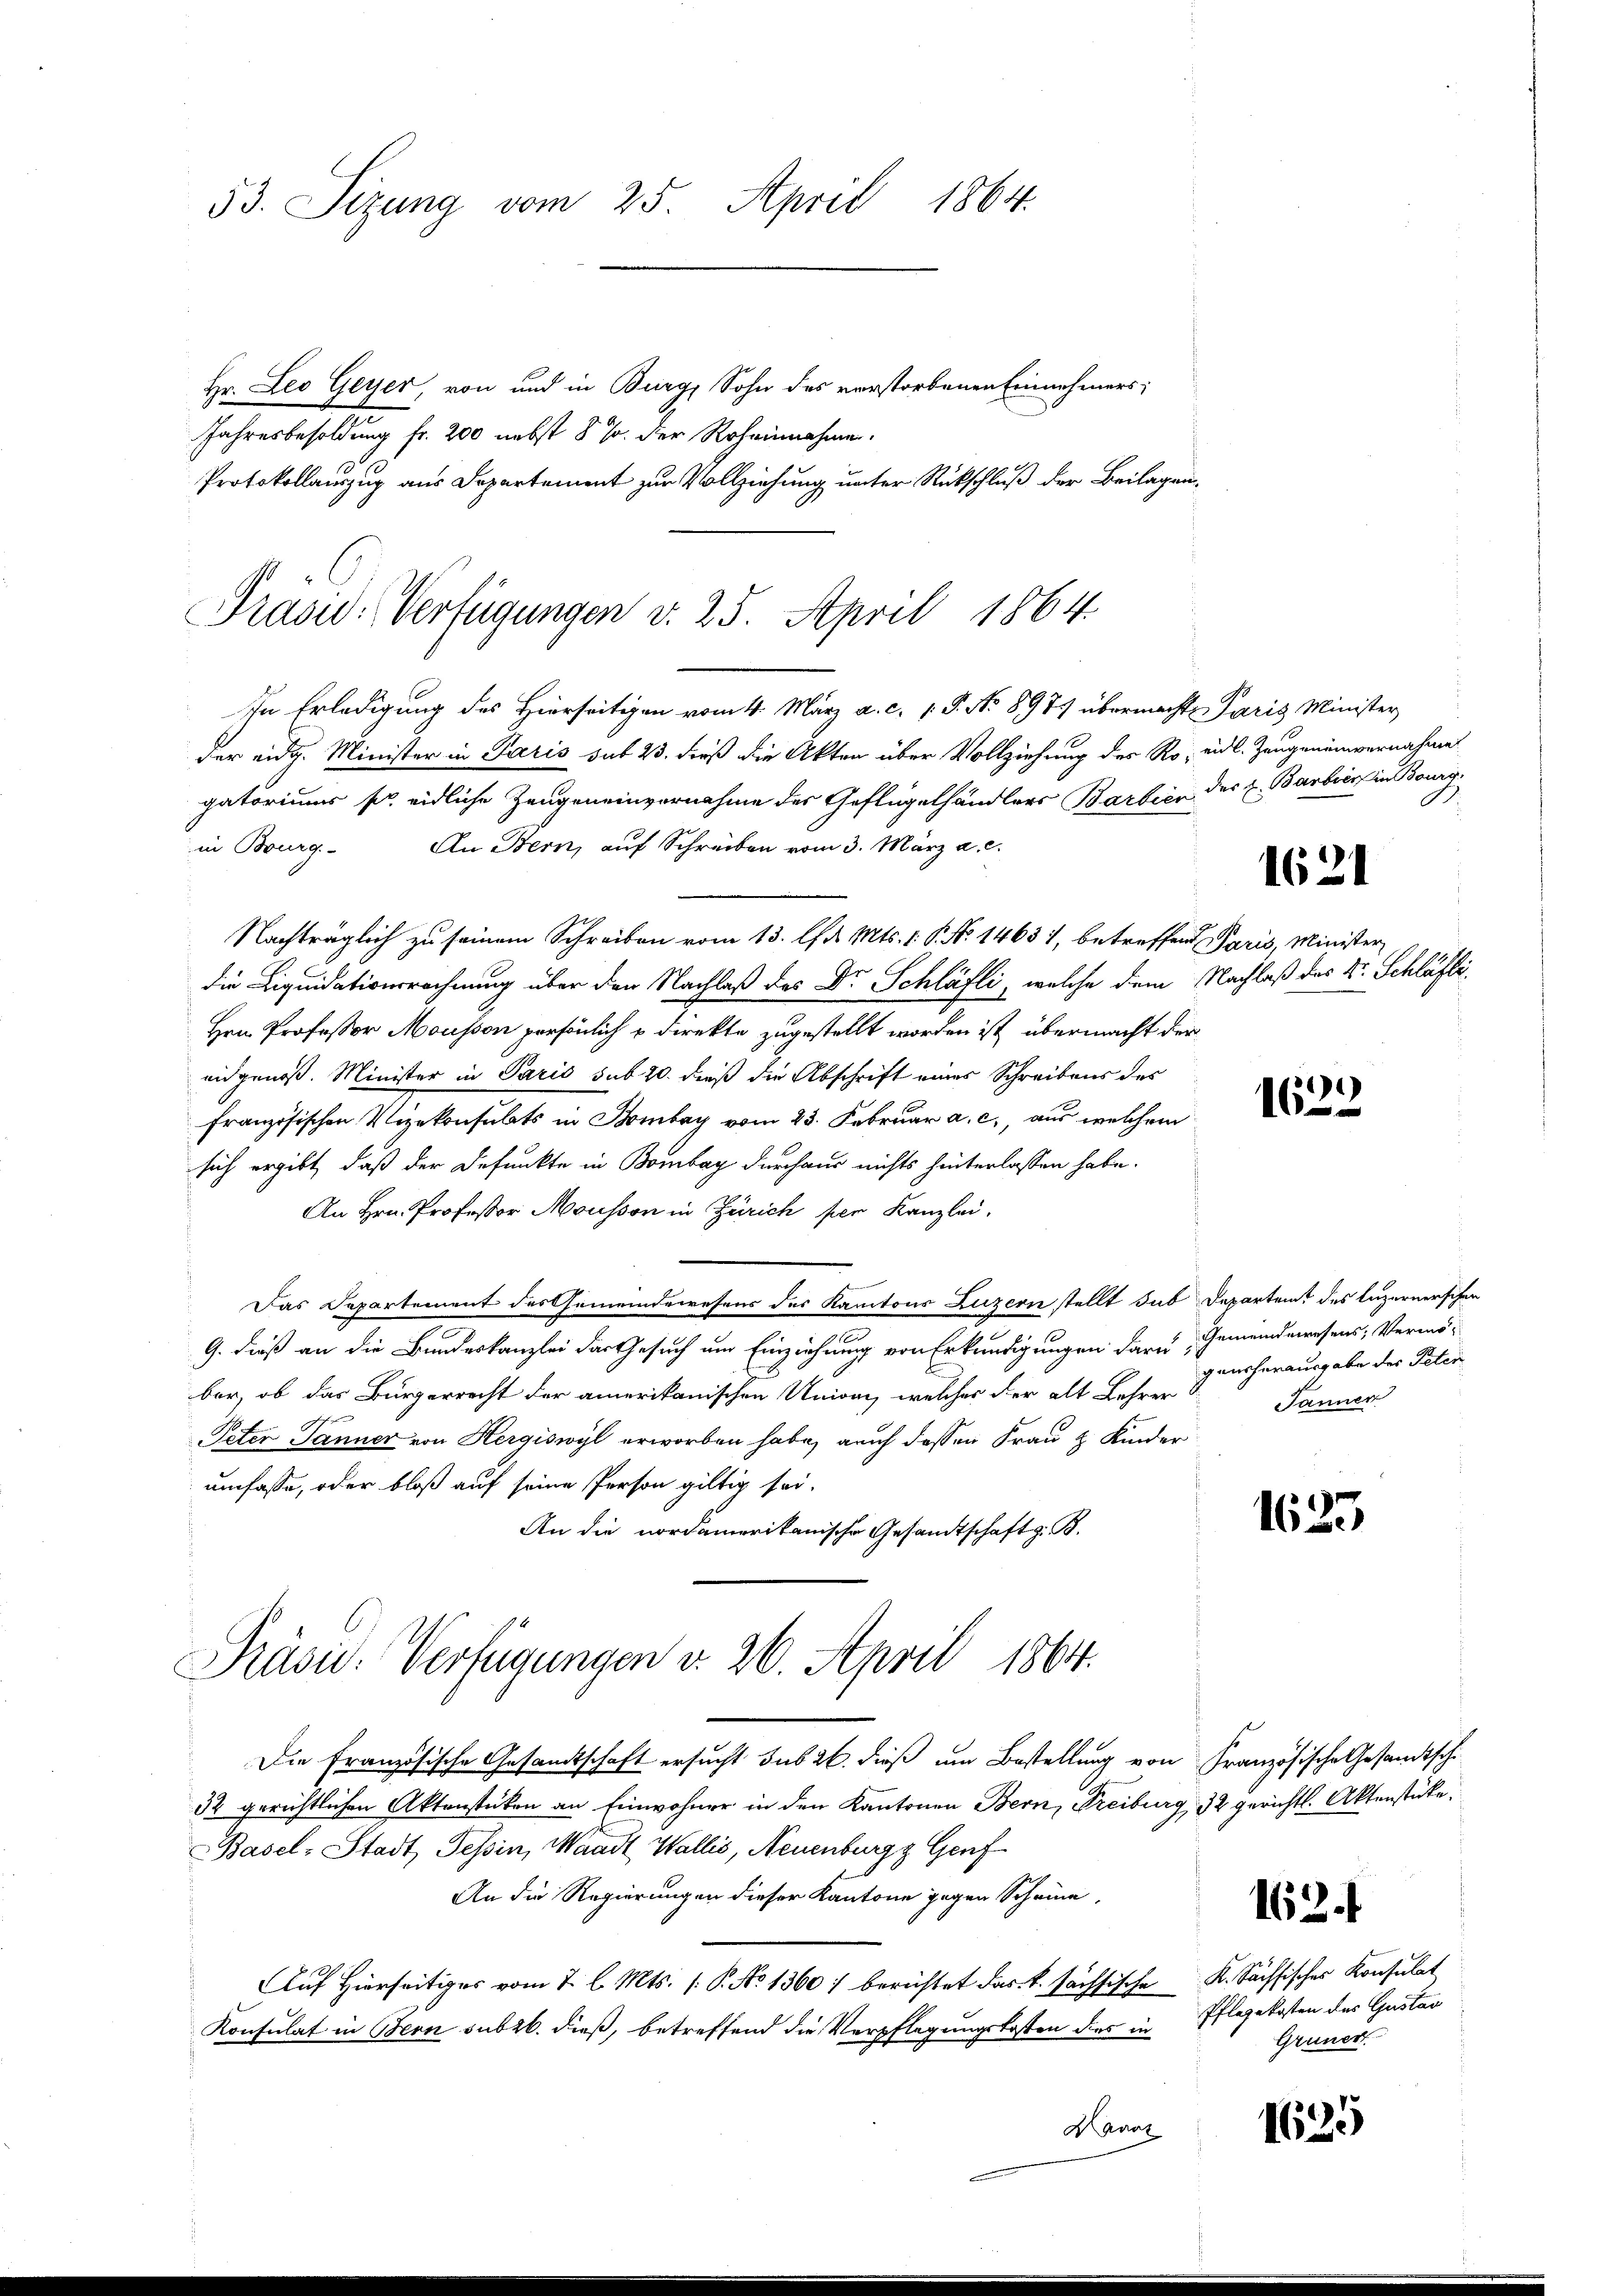
53. Sizung vom 25. April 1864.

Hr. Leo Geyer, von und in Burg, Sohn des verstorbenen Einnehmers;
Jahresbesoldung fr. 200 nebst 5 % der Roheinnahme.
Protokollauszug aus Departement zur Vollziehung unter Rückschluß der Beilagen¬

Präsid. Verfügungen v. 25. April 1864.
In Erledigung des Hierseitigen vom 4. März a. c. 1. P. No 8975 übermachte Paris Minister

der eidg. Minister in Paris sub 23. dieß die Akten über Vollziehung des Ro; eidl. Zeugenenvernahme
gatoriums pr. eidliche Zeugeneinvernahme des Geflügelhändlers Barbien des E. Barbier in Bourg
in Bourg. An Bern, auf Schreiben vom 3. März a. c.
Nachträglich zu seinem Schreiben vom 13. l. d. Mts. 1. P. No 14631, betreffende Paris, Minister
die Liquidationsrechnung über den Nachlaß des Dr. Schläfli, welche dem Nachlaß des Dr. Schläfti¬
Hrn. Professor Mousson persönlich u direkte zugestellt worden ist, übermacht der
eidgenoß. Minister in Paris sub 20. dieß die Abschrift eines Schreibens des
französischen Vizekonsulats in Bombay vom 23. Februar a. c., aus welchem
sich ergibt, daß der defunkte in Bombay durchaus nichts hinterlassen habe.
An Hrn. Professor Mousson in Zürich per Kanzlei,
Das Departement des Gemeindewesens des Kantons Luzern stellt das Departeit des luzernerschen
G. dieß an die Bundeskanzlei das Gesuch um Einziehung von Erkundigungen daru, Gemeindewesens, Vermöber, ob das Bürgerrecht der amerikanischen Unioni, welches der alt Lehrer
Peter Tanner von Hergiswyl erworben habe, auch dessen Frau & Kinder
umfasse, oder bloß auf seine Person giltig sei,
An die nordamerikanische Gesandtschaft z. B.
Präsid. Verfügungen v. 26. April 1864.
Die Französische Gesandtschaft ersucht sub 26. dieß um Bestellung von Französische Gesandtsche
32 gerichtlichen Aktenstücken an Einwohner in den Kantonen Bern, Freiburg, 32 gerichtl. Aktenstücke.
Basel-Stadt, Tessin, Waadt, Wallis, Neuenburg Genf
An die Regierungen dieser Kantone gegen Scheine,
Auf hierseitiges vom 2. l. Mts. (: P. No 1360 berichtet das k. sächsische K. Sächsisches Konsulat
Konsulat in Bern subzb. dieß, betreffend die Verpflegungskosten dies in Pflegekosten des Gustav
Mart

1621

1622

gensherausgabe der Peten
Janner

1623

162.

Grüner

1625